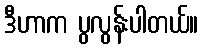
ဒီဟာက ပွလွန်းပါတယ်။